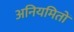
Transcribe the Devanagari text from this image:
अनियमितों